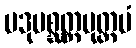
ပဒုမစ္ဆတ္တမုတ္တမံ